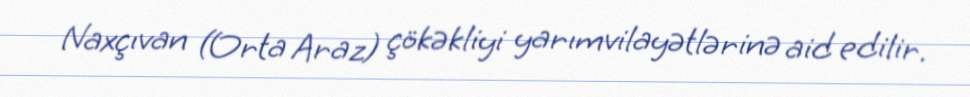
Naxçıvan (Orta Araz) çökəkliyi yarımvilayətlərinə aid edilir.